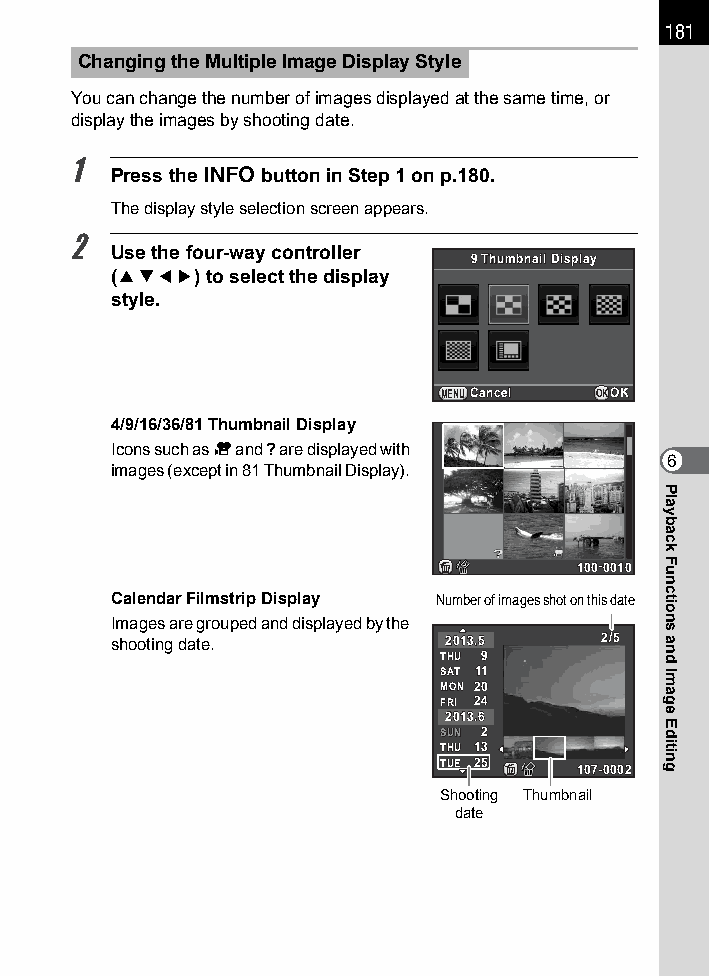
181
 Changing the Multiple Image Display Style
 You can change the number of images displayed at the same time, or
 display the images by shooting date.
 1
 Press the M button in Step 1 on p.180.
 The display style selection screen appears.
 2
 Use the four-way controller
 99 TThhuummbbnnaaiill DDiissppllaayy
 (2345) to select the display
 style.
 MENUCCaanncceell OKOOKK
 4/9/16/36/81 Thumbnail Display
 Icons such as C and ? are displayed with
 6
 images (except in 81 Thumbnail Display).
 110000--00001100
 Calendar Filmstrip Display Number of images shot on this date
 Images are grouped and displayed by the
 shooting date.        22001133..55 22//55
 TTHHUU 99
 SSAATT 1111
 MMOONN 2200
 FFRRII 2244
 22001133..66
 SSUUNN 22
 TTHHUU 1133
 TTUUEE 2255 110077--00000022
 Shooting Thumbnail
 date
 Playback
 Functions
 and
 Image
 Editing